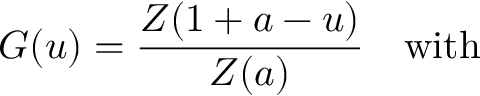
G ( u ) = \frac { Z ( 1 + a - u ) } { Z ( a ) } ~ ~ ~ \mathrm { w i t h } ~ ~ ~